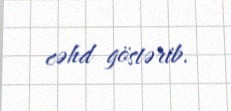
cəhd göstərib.